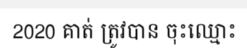
2020 គាត់ ត្រូវបាន ចុះឈ្មោះ